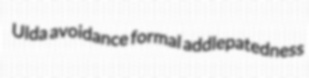
Ulda avoidance formal addlepatedness